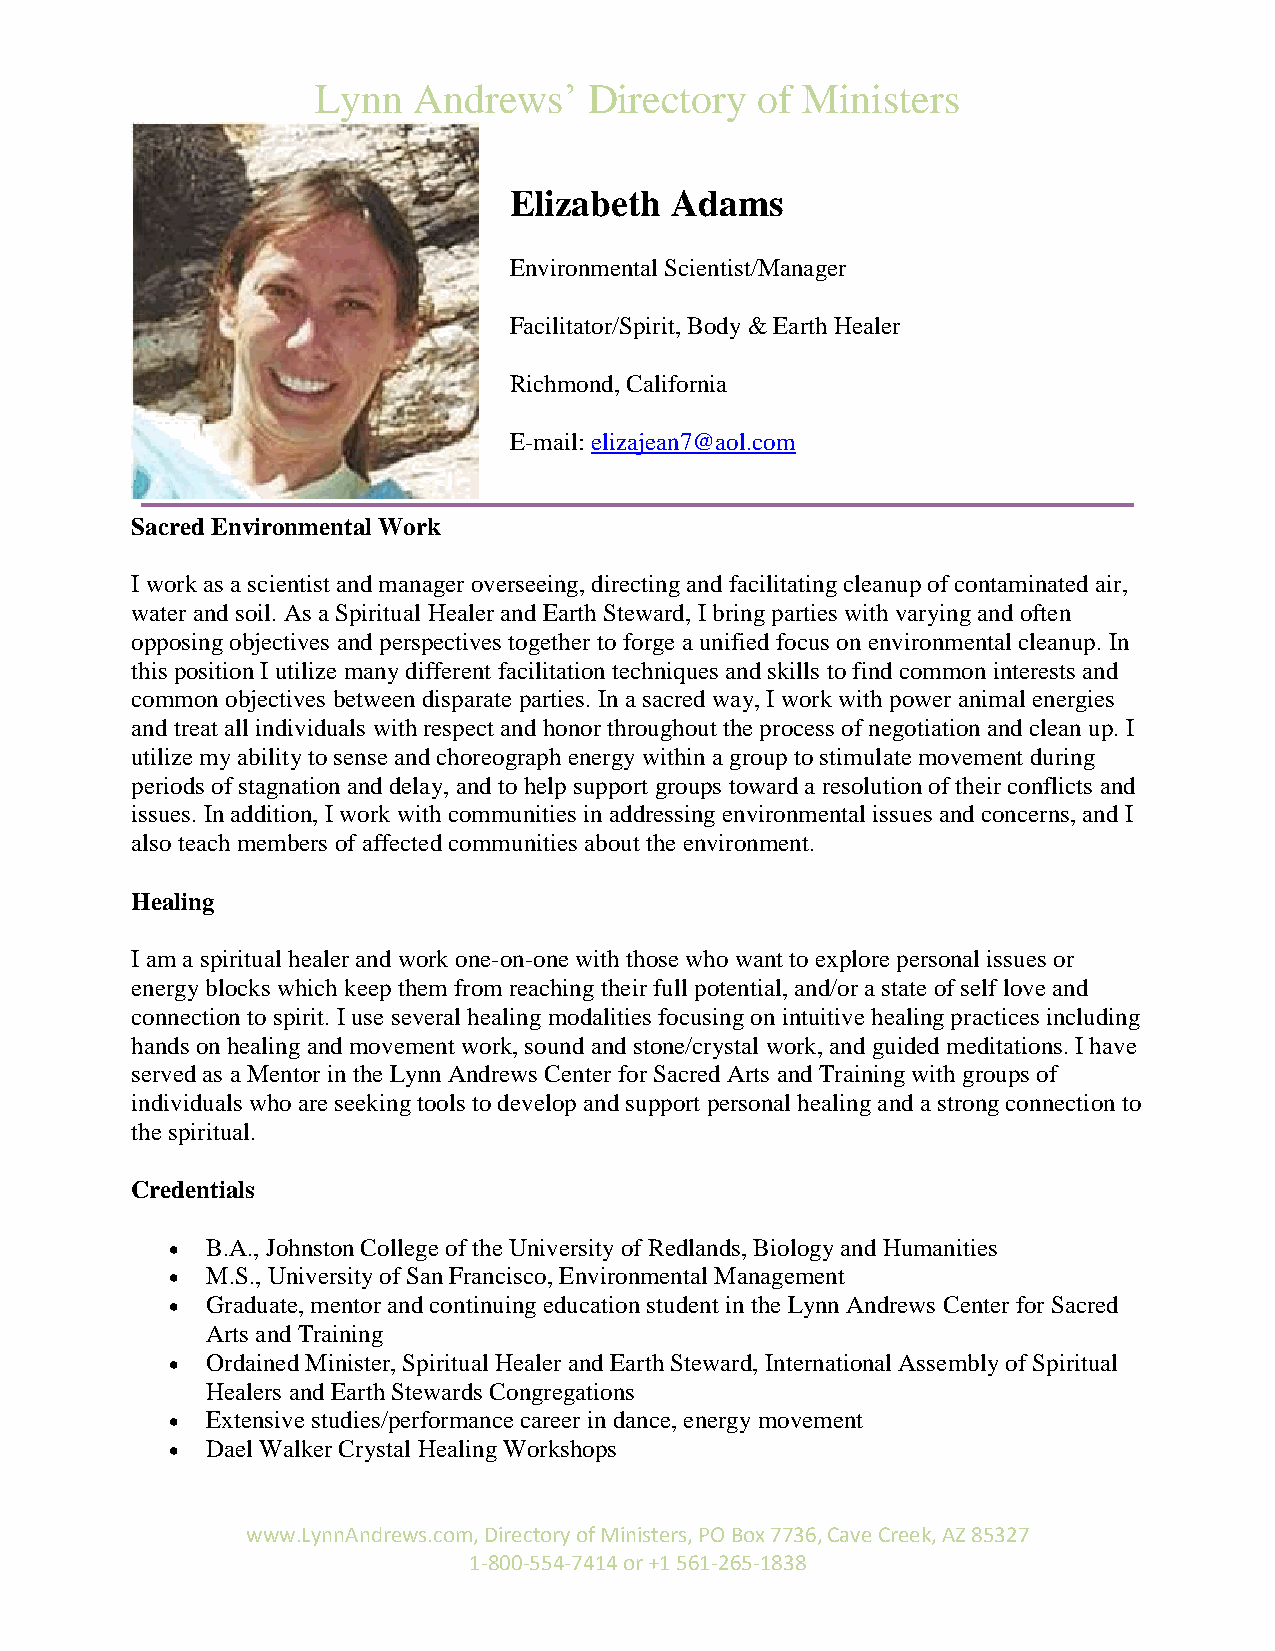
Lynn  Andrews’    Directory  of Ministers
 Elizabeth Adams
 Environmental Scientist/Manager
 Facilitator/Spirit, Body & Earth Healer
 Richmond, California
 E-mail: elizajean7@aol.com
 Sacred Environmental Work
 I work as a scientist and manager overseeing, directing and facilitating cleanup of contaminated air,
 water and soil. As a Spiritual Healer and Earth Steward, I bring parties with varying and often
 opposing objectives and perspectives together to forge a unified focus on environmental cleanup. In
 this position I utilize many different facilitation techniques and skills to find common interests and
 common objectives between disparate parties. In a sacred way, I work with power animal energies
 and treat all individuals with respect and honor throughout the process of negotiation and clean up. I
 utilize my ability to sense and choreograph energy within a group to stimulate movement during
 periods of stagnation and delay, and to help support groups toward a resolution of their conflicts and
 issues. In addition, I work with communities in addressing environmental issues and concerns, and I
 also teach members of affected communities about the environment.
 Healing
 I am a spiritual healer and work one-on-one with those who want to explore personal issues or
 energy blocks which keep them from reaching their full potential, and/or a state of self love and
 connection to spirit. I use several healing modalities focusing on intuitive healing practices including
 hands on healing and movement work, sound and stone/crystal work, and guided meditations. I have
 served as a Mentor in the Lynn Andrews Center for Sacred Arts and Training with groups of
 individuals who are seeking tools to develop and support personal healing and a strong connection to
 the spiritual.
 Credentials
   B.A., Johnston College of the University of Redlands, Biology and Humanities
   M.S., University of San Francisco, Environmental Management
   Graduate, mentor and continuing education student in the Lynn Andrews Center for Sacred
 Arts and Training
   Ordained Minister, Spiritual Healer and Earth Steward, International Assembly of Spiritual
 Healers and Earth Stewards Congregations
   Extensive studies/performance career in dance, energy movement
   Dael Walker Crystal Healing Workshops
 www.LynnAndrews.com, Directory of Ministers, PO Box 7736, Cave Creek, AZ 85327
 1-800-554-7414 or +1 561-265-1838